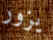
يزور